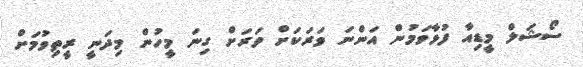
ސޯޝަލް މީޑިއާ ފުޅާވަމުން އަންނަ ވަރަކަށް ވަރަށް ގިނަ މީހުން މިދަނީ ރީތިވުމަށް